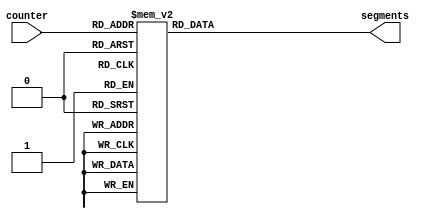
module seg7 (
    input wire [3:0] counter,
    output reg [6:0] segments
);

	always @(*) begin
        case(counter)
            //                7654321
            0:  segments = 7'b0111111;
            1:  segments = 7'b0000110;
            2:  segments = 7'b1011011;
            3:  segments = 7'b1001111;
            4:  segments = 7'b1100110;
            5:  segments = 7'b1101101;
            6:  segments = 7'b1111100;
            7:  segments = 7'b0000111;
            8:  segments = 7'b1111111;
            9:  segments = 7'b1100111;
            default:
                segments = 7'b0000000;
        endcase
    end

endmodule
module seven_segment (
    input wire          clk,
    input wire          reset,
    input wire          load,
    input wire [3:0]    ten_count,
    input wire [3:0]    unit_count,
    output reg [6:0]    segments,
    output reg          digit,
    input wire		invert
);

	reg [3:0] copy_ten_count;
	reg [3:0] copy_unit_count;
	wire [3:0] values;
	reg [6:0] local_segments;

	assign values = digit ? copy_unit_count : copy_ten_count;

	always @(posedge clk) begin
			if (reset) begin
					copy_ten_count <= 0;
					copy_unit_count <= 0;
					digit <= 0;
			end else begin
				// Flips back and forth.
				digit <= !digit;
				if (invert)
					segments <= ~local_segments;
				else
					segments <= local_segments;
				if (load) begin
					copy_ten_count <= ten_count;
					copy_unit_count <= unit_count;
				end
			end
	end

	seg7 seg7(.counter(values), .segments(local_segments));
endmodule